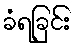
ခံရခြင်း